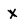
Character: X